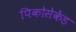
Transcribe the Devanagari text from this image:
पिकोसेकेंड